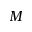
M